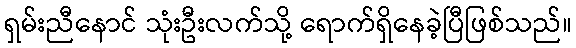
ရှမ်းညီနောင် သုံးဦးလက်သို့ ရောက်ရှိနေခဲ့ပြီဖြစ်သည်။